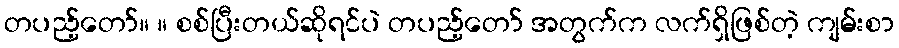
တပည့်တော်။ ။ စစ်ပြီးတယ်ဆိုရင်ပဲ တပည့်တော် အတွက်က လက်ရှိဖြစ်တဲ့ ကျမ်းစာ